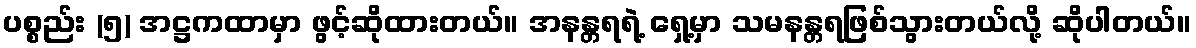
ပစ္စည်း (၅) အဋ္ဌကထာမှာ ဖွင့်ဆိုထားတယ်။ အနန္တရရဲ့ ရှေ့မှာ သမနန္တရဖြစ်သွားတယ်လို့ ဆိုပါတယ်။